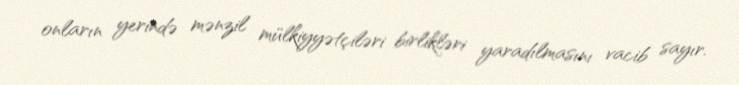
onların yerində mənzil mülkiyyətçiləri birlikləri yaradılmasını vacib sayır.